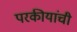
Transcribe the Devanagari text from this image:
परकीयांची